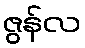
ဇွန်လ